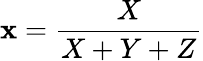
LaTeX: \mathbf{x}={\frac{{X}}{{X+Y+Z}}}